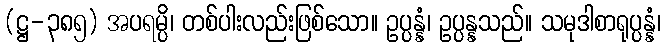
(ဋ္ဌ-၃၈၅) အပရမ္ပိ၊ တစ်ပါးလည်းဖြစ်သော။ ဥပ္ပန္နံ၊ ဥပ္ပန္နသည်။ သမုဒါစာရုပ္ပန္နံ၊